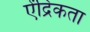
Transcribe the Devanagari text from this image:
ऐंद्रिकता